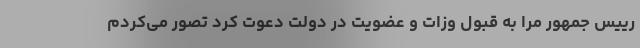
رییس جمهور مرا به قبول وزات و عضویت در دولت دعوت کرد تصور می‌کردم